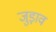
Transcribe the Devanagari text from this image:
जुड़ा़व